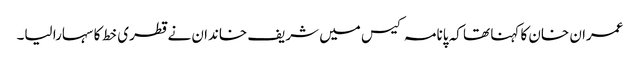
عمران خان کا کہنا تھا کہ پانامہ کیس میں شریف خاندان نے قطری خط کا سہارا لیا۔